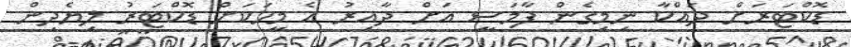
ޑޮކްޓަރަށް ދައްކާ ނިމިގެން ފާމަސީ އަށް ދާއިރު އެ މީހަކަށް ޑޮކްޓަރު ލިޔެދިން